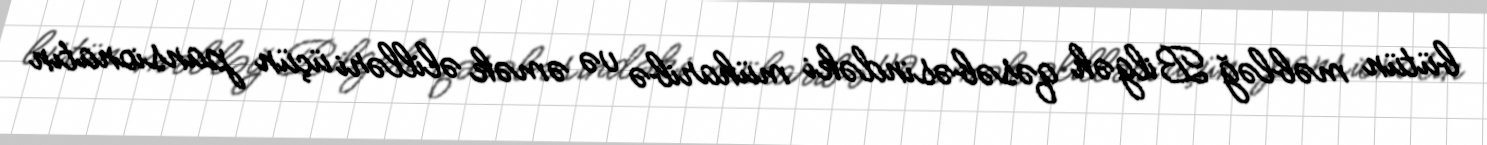
bütün məbləğ Bilgəh qəsəbəsindəki müharibə və əmək əlilləri üçün pansionatın